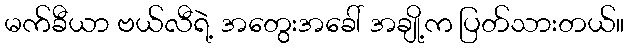
မက်ခီယာ ဗယ်လီရဲ့ အတွေးအခေါ် အချို့က ပြတ်သားတယ်။